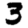
Digit: 3